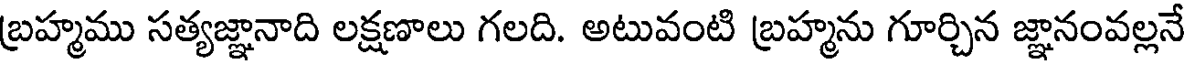
బ్రహ్మము సత్యజ్ఞానాది లక్షణాలు గలది. అటువంటి బ్రహ్మను గూర్చిన జ్ఞానంవల్లనే